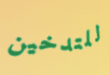
للتدخين